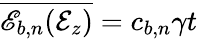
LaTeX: \overline{{{\mathscr{E}_{b,n}}(\mathcal{E}_{z})}}=c_{b,n}\gamma t